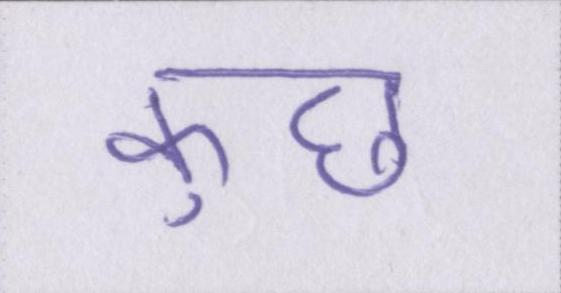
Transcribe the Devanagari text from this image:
कुछ